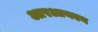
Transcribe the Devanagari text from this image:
आरआयएन